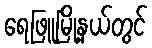
ရေဖြူမြို့နယ်တွင်